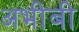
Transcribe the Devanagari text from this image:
अभीबी